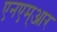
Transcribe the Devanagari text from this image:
एनएम्आर